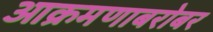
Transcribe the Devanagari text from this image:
आक्रमणाबरोबर